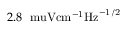
2 . 8 \ \mathrm { \ m u V { c m } ^ { - 1 } { H z } ^ { - 1 / 2 } }